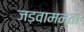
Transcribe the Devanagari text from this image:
जड़वामनता